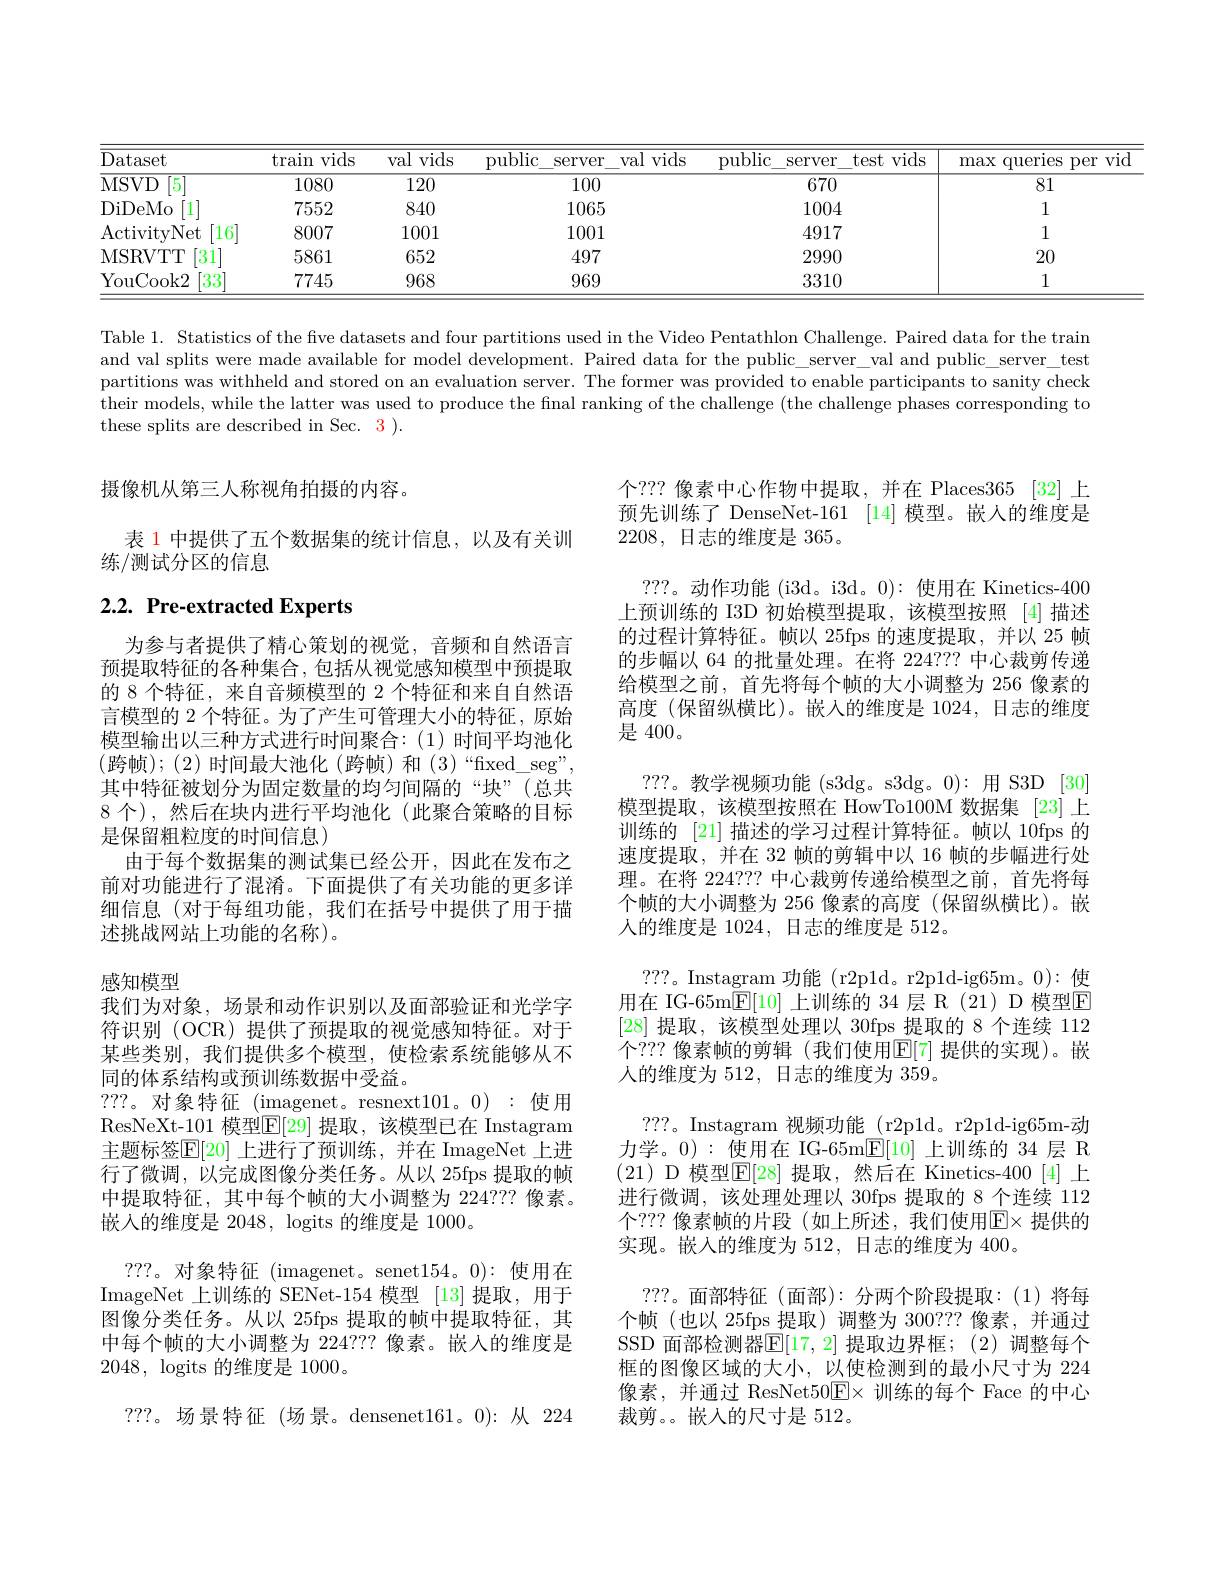
<table>
	<tbody>
		<tr>
			<th>Dataset</th>
			<th>$\tan$ vids</th>
			<th>val vids</th>
			<th>public $\operatorname{server}$</th>
			<th>val vids $2\Gamma$</th>
			<th>public $\operatorname{server}$</th>
			<th>test vids Server</th>
			<th>max querles per</th>
		</tr>
		<tr>
			<td>MSVD $[5^{.}$</td>
			<td>1080</td>
			<td>120</td>
			<td>100</td>
			<td>0</td>
			<td>670</td>
			<td>670</td>
			<td>81</td>
		</tr>
		<tr>
			<td>DiDeMo 1</td>
			<td>7552</td>
			<td>840</td>
			<td>1065</td>
			<td>i5</td>
			<td>100</td>
			<td>1004</td>
			<td>1</td>
		</tr>
		<tr>
			<td>ActivityNet 16</td>
			<td>8007</td>
			<td>1001</td>
			<td>1001</td>
			<td>11</td>
			<td>$491^{*}$</td>
			<td>4917</td>
			<td>1</td>
		</tr>
		<tr>
			<td>MSRVTT 31</td>
			<td>5861</td>
			<td>652</td>
			<td>497</td>
			<td>7</td>
			<td>299(</td>
			<td>2990</td>
			<td>20</td>
		</tr>
		<tr>
			<td>$[33^{.}]$ YouCook2</td>
			<td>7745</td>
			<td>968</td>
			<td>969</td>
			<td>9</td>
			<td>331(</td>
			<td>3310</td>
			<td>1</td>
		</tr>
	</tbody>
</table>

Table 1. Statistics of the five datasets and four partitions used in the Video Pentathlon Challenge. Paired data for the train and val splits were made available for model development. Paired data for the public\_server\_val and public\_server\_test partitions was withheld and stored on an evaluation server. The former was provided to enable participants to sanity check their models, while the latter was used to produce the final ranking of the challenge (the challenge phases corresponding to these splits are described in Sec. 3 ).

摄像机从第三人称视角拍摄的内容。

表 1 中提供了五个数据集的统计信息，以及有关训
练/测试分区的信息

# $2. 2. \textbf{ Pre- extracted Experts}$

为参与者提供了精心策划的视觉，音频和自然语言预提取特征的各种集合，包括从视觉感知模型中预提取的 8 个特征，来自音频模型的 2 个特征和来自自然语言模型的 2 个特征。为了产生可管理大小的特征，原始模型输出以三种方式进行时间聚合：(1)时间平均池化(跨帧);(2) 时间最大池化(跨帧)和(3)“fixed\_seg”, 其中特征被划分为固定数量的均匀间隔的“块”(总共8 个),然后在块内进行平均池化(此聚合策略的目标是保留粗粒度的时间信息)
由于每个数据集的测试集已经公开，因此在发布之前对功能进行了混淆。下面提供了有关功能的更多详细信息(对于每组功能，我们在括号中提供了用于描述挑战网站上功能的名称)。

个？?? 像素中心作物中提取，并在 Places365 [32] 上预先训练了 DenseNet-161 [14] 模型。嵌人的维度是2208,日志的维度是365。
???。动作功能(i3d。i3d。0):使用在 Kinetics-400上预训练的 I3D 初始模型提取，该模型按照 [4]描述的过程计算特征。帧以 25fps 的速度提取，并以 25 帧的步幅以 64 的批量处理。在将 224??? 中心裁剪传递给模型之前，首先将每个帧的大小调整为 256 像素的高度 (保留纵横比)。嵌入的维度是 1024,日志的维度是 400。
???。教学视频功能 (s3dg。s3dg。0):用 S3D [30] 模型提取，该模型按照在 HowTo100M 数据集 [23]上训练的 [21] 描述的学习过程计算特征。帧以 10fps 的速度提取，并在 32 帧的剪辑中以 16 帧的步幅进行处理。在将 224??? 中心裁剪传递给模型之前，首先将每个帧的大小调整为 256 像素的高度(保留纵横比)。嵌人的维度是 1024, 日志的维度是 512。
???。Instagram 功能(r2p1d。r2p1d-ig65m。0):使用在 IG-65m$\mathbb{E}[10]$ 上训练的 34 层 R (21) D 模型$\mathbb{E}$ [28]提取，该模型处理以 30fps 提取的 8 个连续 112个？??像素帧的剪辑(我们使用$\mathbb{E}[7]$ 提供的实现)。嵌人的维度为 512, 日志的维度为 359。
???。Instagram 视频功能(r2p1d。r2p1d-ig65m-动力学。0):使用在 IG-65m$\mathbb{E}[10]$上训练的 34 层 R (21)D 模型$\mathbb{E}[$28] 提取，然后在 Kinetics-400[4]上进行微调，该处理处理以 30fps 提取的 8 个连续 112个？??像素帧的片段(如上所述，我们使用$\mathbb{E}\times$ 提供的实现。嵌入的维度为 512, 日志的维度为 400。
???。面部特征(面部):分两个阶段提取：(1)将每个帧(也以 25fps 提取)调整为 300???像素，并通过SSD 面部检测器$\overline{\mathbb{E}}[17,2]$ 提取边界框；(2)调整每个框的图像区域的大小，以使检测到的最小尺寸为 224像素，并通过 ResNet50$\boxed{\mathrm{E}}\times$训练的每个 Face 的中心裁剪。嵌人的尺寸是 512。

感知模型
我们为对象，场景和动作识别以及面部验证和光学字

符识别 (OCR)提供了预提取的视觉感知特征。对于某些类别，我们提供多个模型，使检索系统能够从不同的体系结构或预训练数据中受益。
???。对象特征 (imagenet。resnext101。0) : 使用ResNeXt-101 模型$\mathbb{E}[$29] 提取，该模型已在 Instagram 主题标签$\mathbb{E}[20]$ 上进行了预训练，并在 ImageNet 上进行了微调，以完成图像分类任务。从以 25fps 提取的帧中提取特征，其中每个帧的大小调整为 224??? 像素。嵌入的维度是 2048, logits 的维度是 1000。
???。对象特征 (imagenet。senet154。0):使用在ImageNet 上训练的 SENet-154 模型 [13] 提取，用于图像分类任务。从以 25fps 提取的帧中提取特征，其中每个帧的大小调整为 2247??像素。嵌人的维度是2048, logits 的维度是 1000。
???。场景特征(场景。densenet161。0):从 224